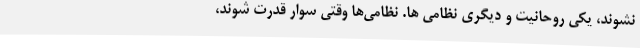
نشوند، یکی روحانیت و دیگری نظامی ها. نظامی‌ها وقتی سوار قدرت شوند،